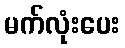
မက်လုံးပေး